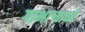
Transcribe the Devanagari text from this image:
गाभाऱ्याध्ये